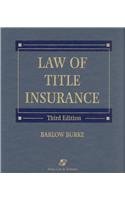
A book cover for Law of Title Insurance; Barlow Burke; Law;